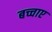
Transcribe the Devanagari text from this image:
बच्चाए